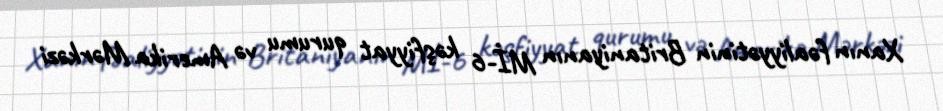
Xanın fəaliyyətinin Britaniyanın Mİ-6 kəşfiyyat qurumu və Amerika Mərkəzi